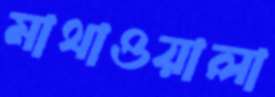
মাথাওয়ালা